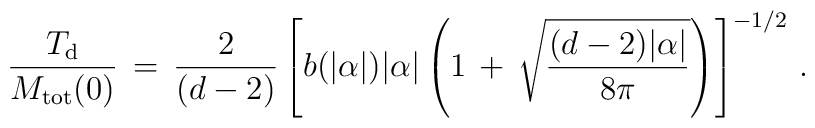
\frac{T_{\rm d}}{M_{\rm tot}(0)}\,=\,\frac{2}{(d-2)}\left[b(|\alpha|)|\alpha|\left(1\,+\,\sqrt{\frac{(d-2)|\alpha|}{8\pi}}\right)\right]^{-1/2}\,{.}